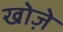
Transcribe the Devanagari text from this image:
खोज़े